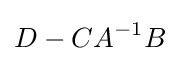
D-CA^{-1}B